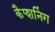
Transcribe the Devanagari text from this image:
कैप्शनिंग